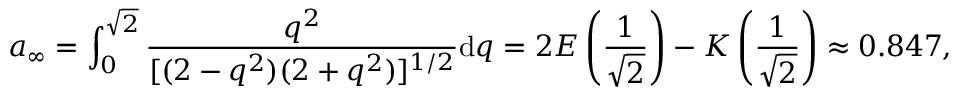
a _ { \infty } = \int _ { 0 } ^ { \sqrt { 2 } } \frac { q ^ { 2 } } { [ ( 2 - q ^ { 2 } ) ( 2 + q ^ { 2 } ) ] ^ { 1 / 2 } } \mathrm { d } q = 2 E \left( \frac { 1 } { \sqrt { 2 } } \right) - K \left( \frac { 1 } { \sqrt { 2 } } \right) \approx 0 . 8 4 7 ,